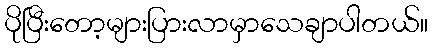
ပိုပြီးတော့များပြားလာမှာသေချာပါတယ်။